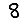
Digit: 8